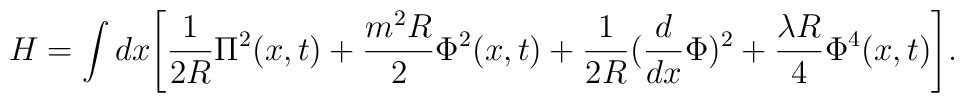
H = \int dx \Biggl[\frac{1}{2R} \Pi^2 ( x, t)+  \frac{m^2 R}{2} \Phi^2 (x, t) + \frac{1}{2R}(\frac{d}{dx} \Phi)^2 +\frac{\lambda R}{4} \Phi^4 (x, t) \Biggr].